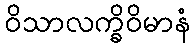
ဝိသာလက္ခိဝိမာနံ